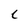
Character: C